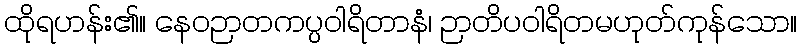
ထိုရဟန်း၏။ နေဝဉာတကပ္ပဝါရိတာနံ၊ ဉာတိပဝါရိတမဟုတ်ကုန်သော။